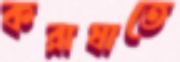
করাঘাতে